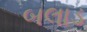
બલાડ